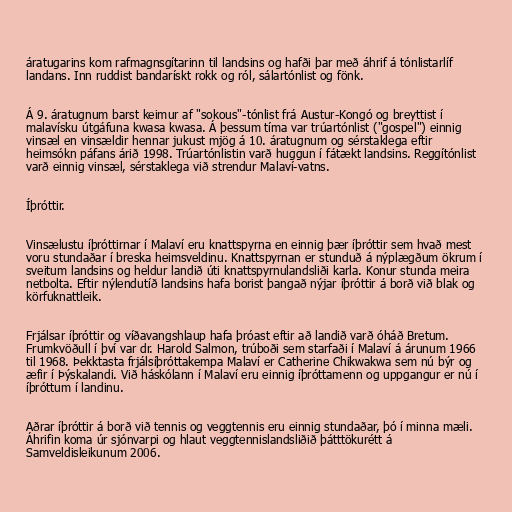
áratugarins kom rafmagnsgítarinn til landsins og hafði þar með áhrif á tónlistarlíf
landans. Inn ruddist bandarískt rokk og ról, sálartónlist og fönk.

Á 9. áratugnum barst keimur af "sokous"-tónlist frá Austur-Kongó og breyttist í
malavísku útgáfuna kwasa kwasa. Á þessum tíma var trúartónlist ("gospel") einnig
vinsæl en vinsældir hennar jukust mjög á 10. áratugnum og sérstaklega eftir
heimsókn páfans árið 1998. Trúartónlistin varð huggun í fátækt landsins. Reggítónlist
varð einnig vinsæl, sérstaklega við strendur Malaví-vatns.

Íþróttir.

Vinsælustu íþróttirnar í Malaví eru knattspyrna en einnig þær íþróttir sem hvað mest
voru stundaðar í breska heimsveldinu. Knattspyrnan er stunduð á nýplægðum ökrum í
sveitum landsins og heldur landið úti knattspyrnulandsliði karla. Konur stunda meira
netbolta. Eftir nýlendutíð landsins hafa borist þangað nýjar íþróttir á borð við blak og
körfuknattleik.

Frjálsar íþróttir og víðavangshlaup hafa þróast eftir að landið varð óháð Bretum.
Frumkvöðull í því var dr. Harold Salmon, trúboði sem starfaði í Malaví á árunum 1966
til 1968. Þekktasta frjálsíþróttakempa Malaví er Catherine Chikwakwa sem nú býr og
æfir í Þýskalandi. Við háskólann í Malaví eru einnig íþróttamenn og uppgangur er nú í
íþróttum í landinu.

Aðrar íþróttir á borð við tennis og veggtennis eru einnig stundaðar, þó í minna mæli.
Áhrifin koma úr sjónvarpi og hlaut veggtennislandsliðið þátttökurétt á
Samveldisleikunum 2006.